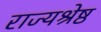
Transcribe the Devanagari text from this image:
राज्यश्रेष्ठ